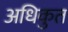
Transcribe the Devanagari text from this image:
अधिकुत